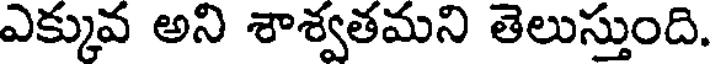
ఎక్కువ అని శాశ్వతమని తెలుస్తుంది.